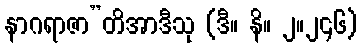
နာဂရာဇာ”တိအာဒီသု (ဒီ။ နိ။ ၂။၂၄၆)